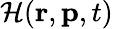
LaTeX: {\cal\mathcal{H}}(\mathbf{{r}},\mathbf{{p}},t)